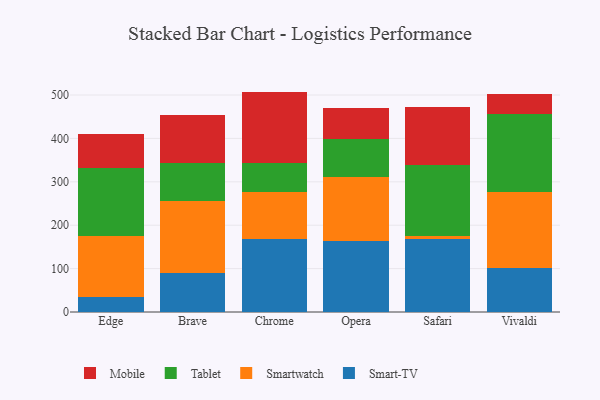
{"axis": {"x": "Browser", "y": "Bounce Rate (%)"}, "legend": ["Mobile", "Smart-TV", "Smartwatch", "Tablet"], "data": [{"x": "Edge", "y": 34.6, "type": "Smart-TV"}, {"x": "Edge", "y": 140.1, "type": "Smartwatch"}, {"x": "Edge", "y": 157.5, "type": "Tablet"}, {"x": "Edge", "y": 77.5, "type": "Mobile"}, {"x": "Brave", "y": 90.1, "type": "Smart-TV"}, {"x": "Brave", "y": 164.7, "type": "Smartwatch"}, {"x": "Brave", "y": 88.9, "type": "Tablet"}, {"x": "Brave", "y": 110.5, "type": "Mobile"}, {"x": "Chrome", "y": 168.7, "type": "Smart-TV"}, {"x": "Chrome", "y": 108.7, "type": "Smartwatch"}, {"x": "Chrome", "y": 66.2, "type": "Tablet"}, {"x": "Chrome", "y": 164.3, "type": "Mobile"}, {"x": "Opera", "y": 163.6, "type": "Smart-TV"}, {"x": "Opera", "y": 148.2, "type": "Smartwatch"}, {"x": "Opera", "y": 86.2, "type": "Tablet"}, {"x": "Opera", "y": 71.0, "type": "Mobile"}, {"x": "Safari", "y": 167.8, "type": "Smart-TV"}, {"x": "Safari", "y": 7.1, "type": "Smartwatch"}, {"x": "Safari", "y": 164.8, "type": "Tablet"}, {"x": "Safari", "y": 132.7, "type": "Mobile"}, {"x": "Vivaldi", "y": 101.6, "type": "Smart-TV"}, {"x": "Vivaldi", "y": 174.9, "type": "Smartwatch"}, {"x": "Vivaldi", "y": 178.7, "type": "Tablet"}, {"x": "Vivaldi", "y": 47.9, "type": "Mobile"}]}